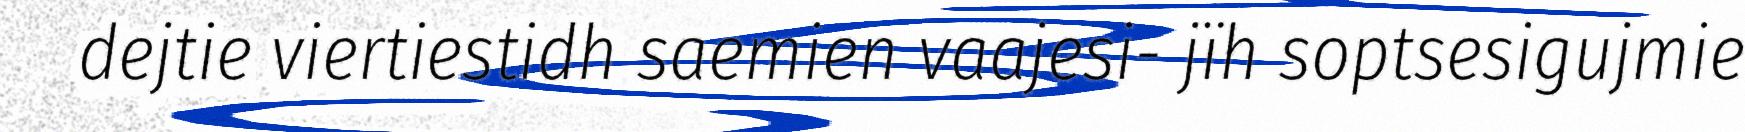
dejtie viertiestidh saemien vaajesi- jïh soptsesigujmie